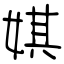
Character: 娸